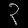
Digit: ၃